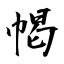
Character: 幆